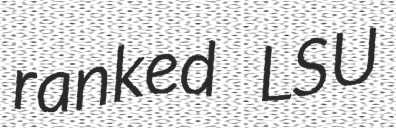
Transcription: ranked LSU